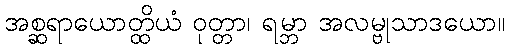
အစ္ဆရာယောတ္ထိယံ ဝုတ္တာ၊ ရမ္ဘာ အလမ္ဗုသာဒယော။